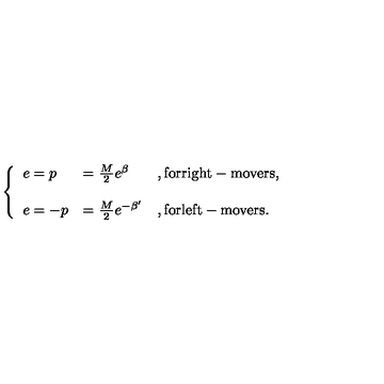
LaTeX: \left\{ \begin{array} { l l l } { e = p } & { = \frac { M } { 2 } e ^ { \beta } } & { , \mathrm { f o r r i g h t - m o v e r s } , } \\ { } & { } & { } \\ { e = - p } & { = \frac { M } { 2 } e ^ { - \beta ^ { \prime } } } & { , \mathrm { f o r l e f t - m o v e r s } . } \\ \end{array} \right.